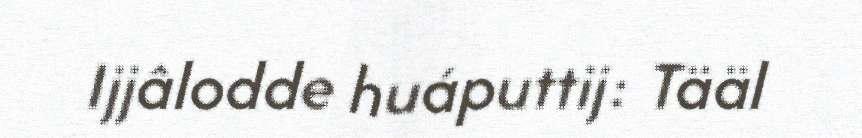
Ijjâlodde huáputtij: Tääl